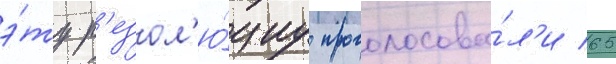
э́ту р'езол'ю́циу проголосова́л'и 65